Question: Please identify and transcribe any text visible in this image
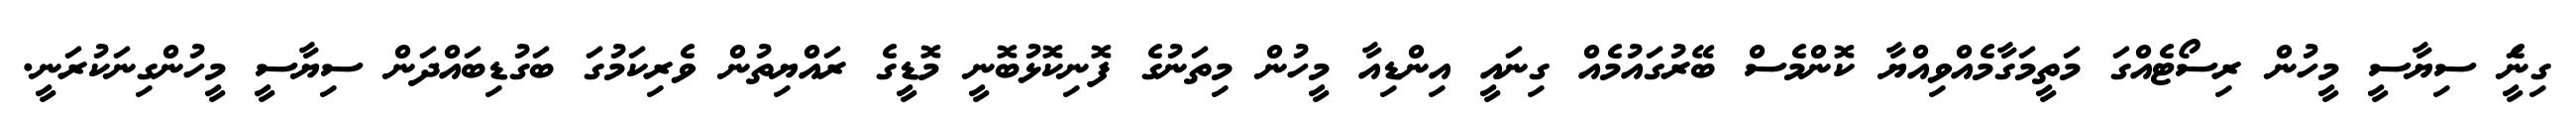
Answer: ގިނަެީ ސިޔާސީ މީހުން ރިސޯޓެއްގަ މަތީމަގާމެއްވިއްޔާ ކޮންމެސް ބޭރުގައުމެއް ގިނައީ އިންޑިއާ މީހުން މިތަނުގެ ފޮނިކޮޅުބޮނީ މޮޑީގެ ރައްޔިތުން ވެރިކަމުގަ ބަގުޑިބައްދަން ސިޔާސީ މީހުންގިނަކުރަނީ.